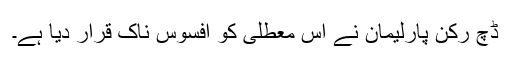
ڈچ رکنِ پارلیمان نے اِس معطلی کو افسوس ناک قرار دیا ہے۔